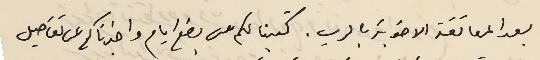
بعد المعانقة الاخوية بالرب. كتبنا لكم من بضع ايام واخبرناكم عن تفاصيل